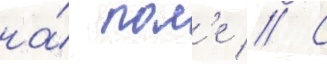
на́ пол'е // С